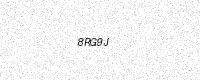
Text: 8RG9J